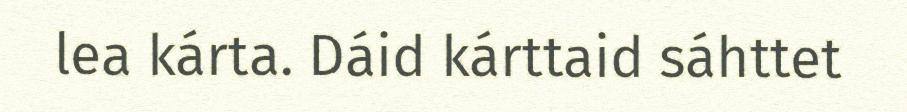
lea kárta. Dáid kárttaid sáhttet